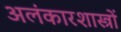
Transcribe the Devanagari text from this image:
अलंकारशास्त्रों